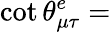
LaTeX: \cot\theta_{\mu\tau}^{e}=